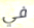
في